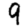
Digit: 9